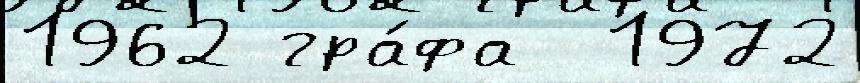
1962 гра́фа  1972